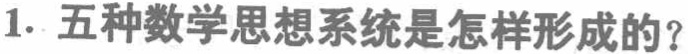
1. 五种数学思想系统是怎样形成的？